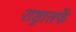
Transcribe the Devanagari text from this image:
राष्ट्रातर्फे